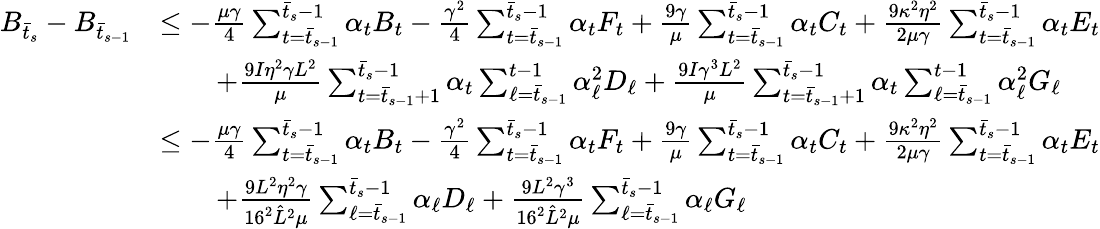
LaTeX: \begin{array}{rl}{B_{\bar{t}_{s}}-B_{\bar{t}_{s-1}}}&{\leq-\frac{\mu\gamma}{4}\sum_{t=\bar{t}_{s-1}}^{\bar{t}_{s}-1}\alpha_{t}B_{t}-\frac{\gamma^{2}}{4}\sum_{t=\bar{t}_{s-1}}^{\bar{t}_{s}-1}\alpha_{t}F_{t}+\frac{9\gamma}{\mu}\sum_{t=\bar{t}_{s-1}}^{\bar{t}_{s}-1}\alpha_{t}C_{t}+\frac{9\kappa^{2}\eta^{2}}{2\mu\gamma}\sum_{t=\bar{t}_{s-1}}^{\bar{t}_{s}-1}\alpha_{t}E_{t}}\\ &{\qquad+\frac{9I\eta^{2}\gamma L^{2}}{\mu}\sum_{t=\bar{t}_{s-1}+1}^{\bar{t}_{s}-1}\alpha_{t}\sum_{\ell=\bar{t}_{s-1}}^{t-1}\alpha_{\ell}^{2}D_{\ell}+\frac{9I\gamma^{3}L^{2}}{\mu}\sum_{t=\bar{t}_{s-1}+1}^{\bar{t}_{s}-1}\alpha_{t}\sum_{\ell=\bar{t}_{s-1}}^{t-1}\alpha_{\ell}^{2}G_{\ell}}\\ &{\leq-\frac{\mu\gamma}{4}\sum_{t=\bar{t}_{s-1}}^{\bar{t}_{s}-1}\alpha_{t}B_{t}-\frac{\gamma^{2}}{4}\sum_{t=\bar{t}_{s-1}}^{\bar{t}_{s}-1}\alpha_{t}F_{t}+\frac{9\gamma}{\mu}\sum_{t=\bar{t}_{s-1}}^{\bar{t}_{s}-1}\alpha_{t}C_{t}+\frac{9\kappa^{2}\eta^{2}}{2\mu\gamma}\sum_{t=\bar{t}_{s-1}}^{\bar{t}_{s}-1}\alpha_{t}E_{t}}\\ &{\qquad+\frac{9L^{2}\eta^{2}\gamma}{16^{2}\hat{L}^{2}\mu}\sum_{\ell=\bar{t}_{s-1}}^{\bar{t}_{s}-1}\alpha_{\ell}D_{\ell}+\frac{9L^{2}\gamma^{3}}{16^{2}\hat{L}^{2}\mu}\sum_{\ell=\bar{t}_{s-1}}^{\bar{t}_{s}-1}\alpha_{\ell}G_{\ell}}\end{array}